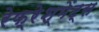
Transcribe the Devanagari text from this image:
रेफ्रेश्मेंट्स